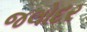
જલોદર